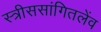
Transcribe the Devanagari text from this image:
स्त्रीससांगितलेंव